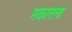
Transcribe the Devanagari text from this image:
मकाराना